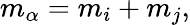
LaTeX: m_{\alpha}=m_{i}+m_{j},